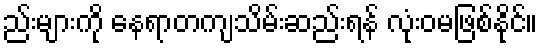
ည်းများကို နေရာတကျသိမ်းဆည်းရန် လုံးဝမဖြစ်နိုင်။